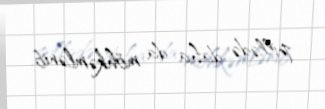
pillədə daha da möhkəmlənib.